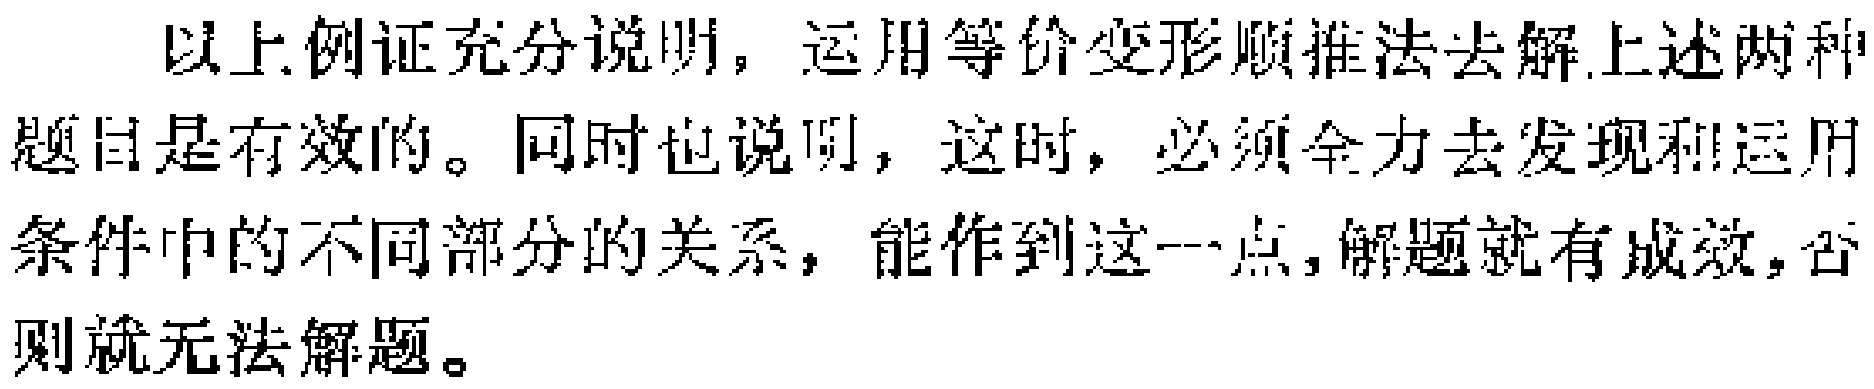
以上例证充分说明，运用等价变形顺推法去解上述两种题目是有效的。同时也说明，这时，必须全力去发现和运用条件中的不同部分的关系，能作到这一点，解题就有成效，否则就无法解题。